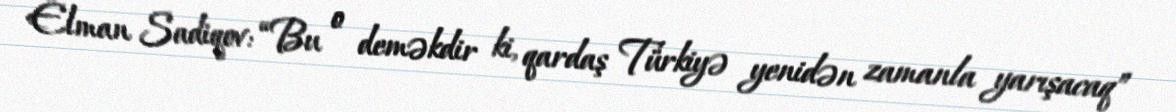
Elman Sadiqov: “Bu o deməkdir ki, qardaş Türkiyə yenidən zamanla yarışacaq”